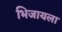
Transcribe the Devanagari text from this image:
भिजायला